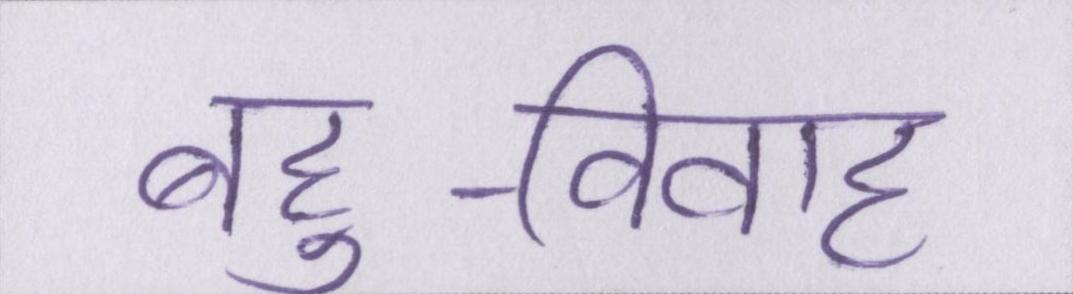
बहु-विवाह